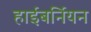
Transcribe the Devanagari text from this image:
हाईबर्नियन